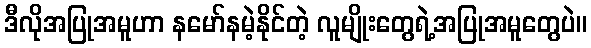
ဒီလိုအပြုအမူဟာ နမော်နမဲ့နိုင်တဲ့ လူမျိုးတွေရဲ့အပြုအမူတွေပဲ။